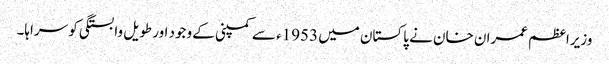
وزیراعظم عمران خان نے پاکستان میں 1953ء سے کمپنی کے وجود اور طویل وابستگی کو سراہا۔